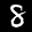
Label: 8